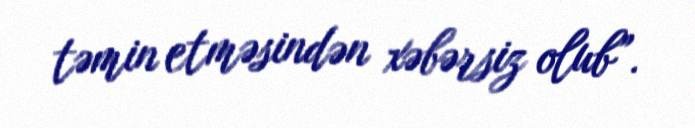
təmin etməsindən xəbərsiz olub”.